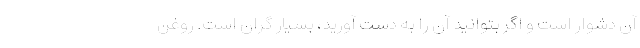
آن دشوار است و اگر بتوانید آن را به دست آورید، بسیار گران است. روغن